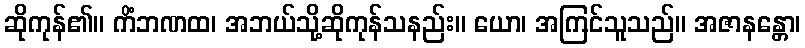
ဆိုကုန်၏။ ကိံဘဏထ၊ အဘယ်သို့ဆိုကုန်သနည်း။ ယော၊ အကြင်သူသည်။ အဇာနန္တော၊